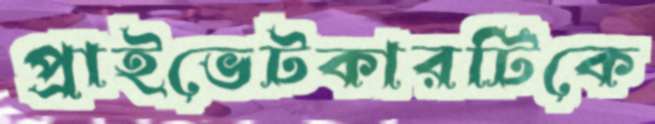
প্রাইভেটকারটিকে